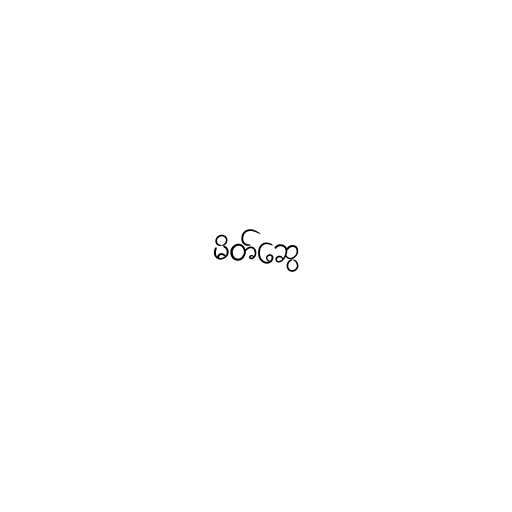
မိတ်ဆွေ